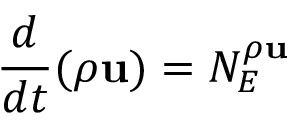
\frac { d } { d t } ( \rho \mathbf { u } ) = N _ { E } ^ { \rho \mathbf { u } }